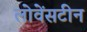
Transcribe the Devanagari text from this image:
लोवेंसटीन